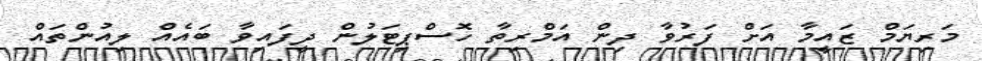
މަރިޔަމް ޒައީމާ އަށް ފަރުވާ ދިން އަމްރިތާ ހޮސްޕިޓަލުން ދީފައިވާ ބައެއް ލިއުންތައް